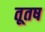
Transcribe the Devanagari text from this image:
तूतष